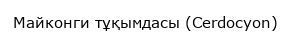
Майконги тұқымдасы (Cerdocyon)